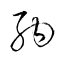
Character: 納